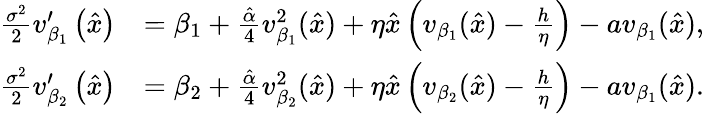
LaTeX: \begin{array}{rl}{\frac{\sigma^{2}}{2}v_{\beta_{1}}^{\prime}\left(\hat{x}\right)}&{=\beta_{1}+\frac{\hat{\alpha}}{4}v_{\beta_{1}}^{2}(\hat{x})+\eta\hat{x}\left(v_{\beta_{1}}(\hat{x})-\frac{h}{\eta}\right)-av_{\beta_{1}}(\hat{x}),}\\ {\frac{\sigma^{2}}{2}v_{\beta_{2}}^{\prime}\left(\hat{x}\right)}&{=\beta_{2}+\frac{\hat{\alpha}}{4}v_{\beta_{2}}^{2}(\hat{x})+\eta\hat{x}\left(v_{\beta_{2}}(\hat{x})-\frac{h}{\eta}\right)-av_{\beta_{1}}(\hat{x}).}\end{array}